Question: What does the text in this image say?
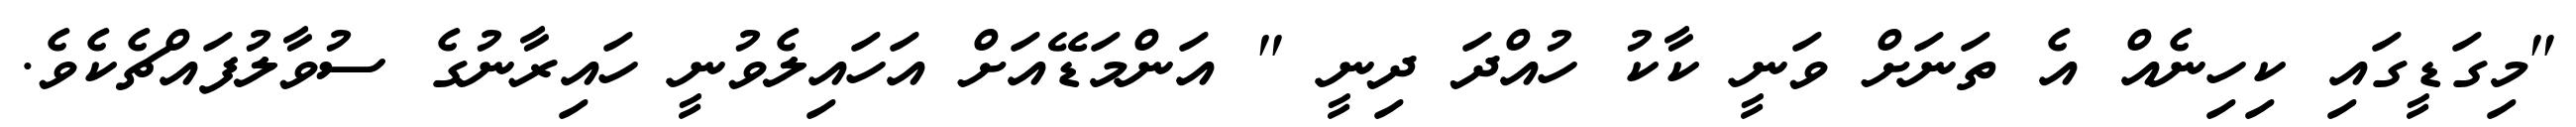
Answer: "މިގަޑީގައި ކިހިނެއް އެ ތަނަށް ވަނީ ކާކު ހުއްދަ ދިނީ " އަންމަޑޭއަށް އަހައިލެވުނީ ހައިރާނުގެ ސުވާލުފައްޗެކެވެ.